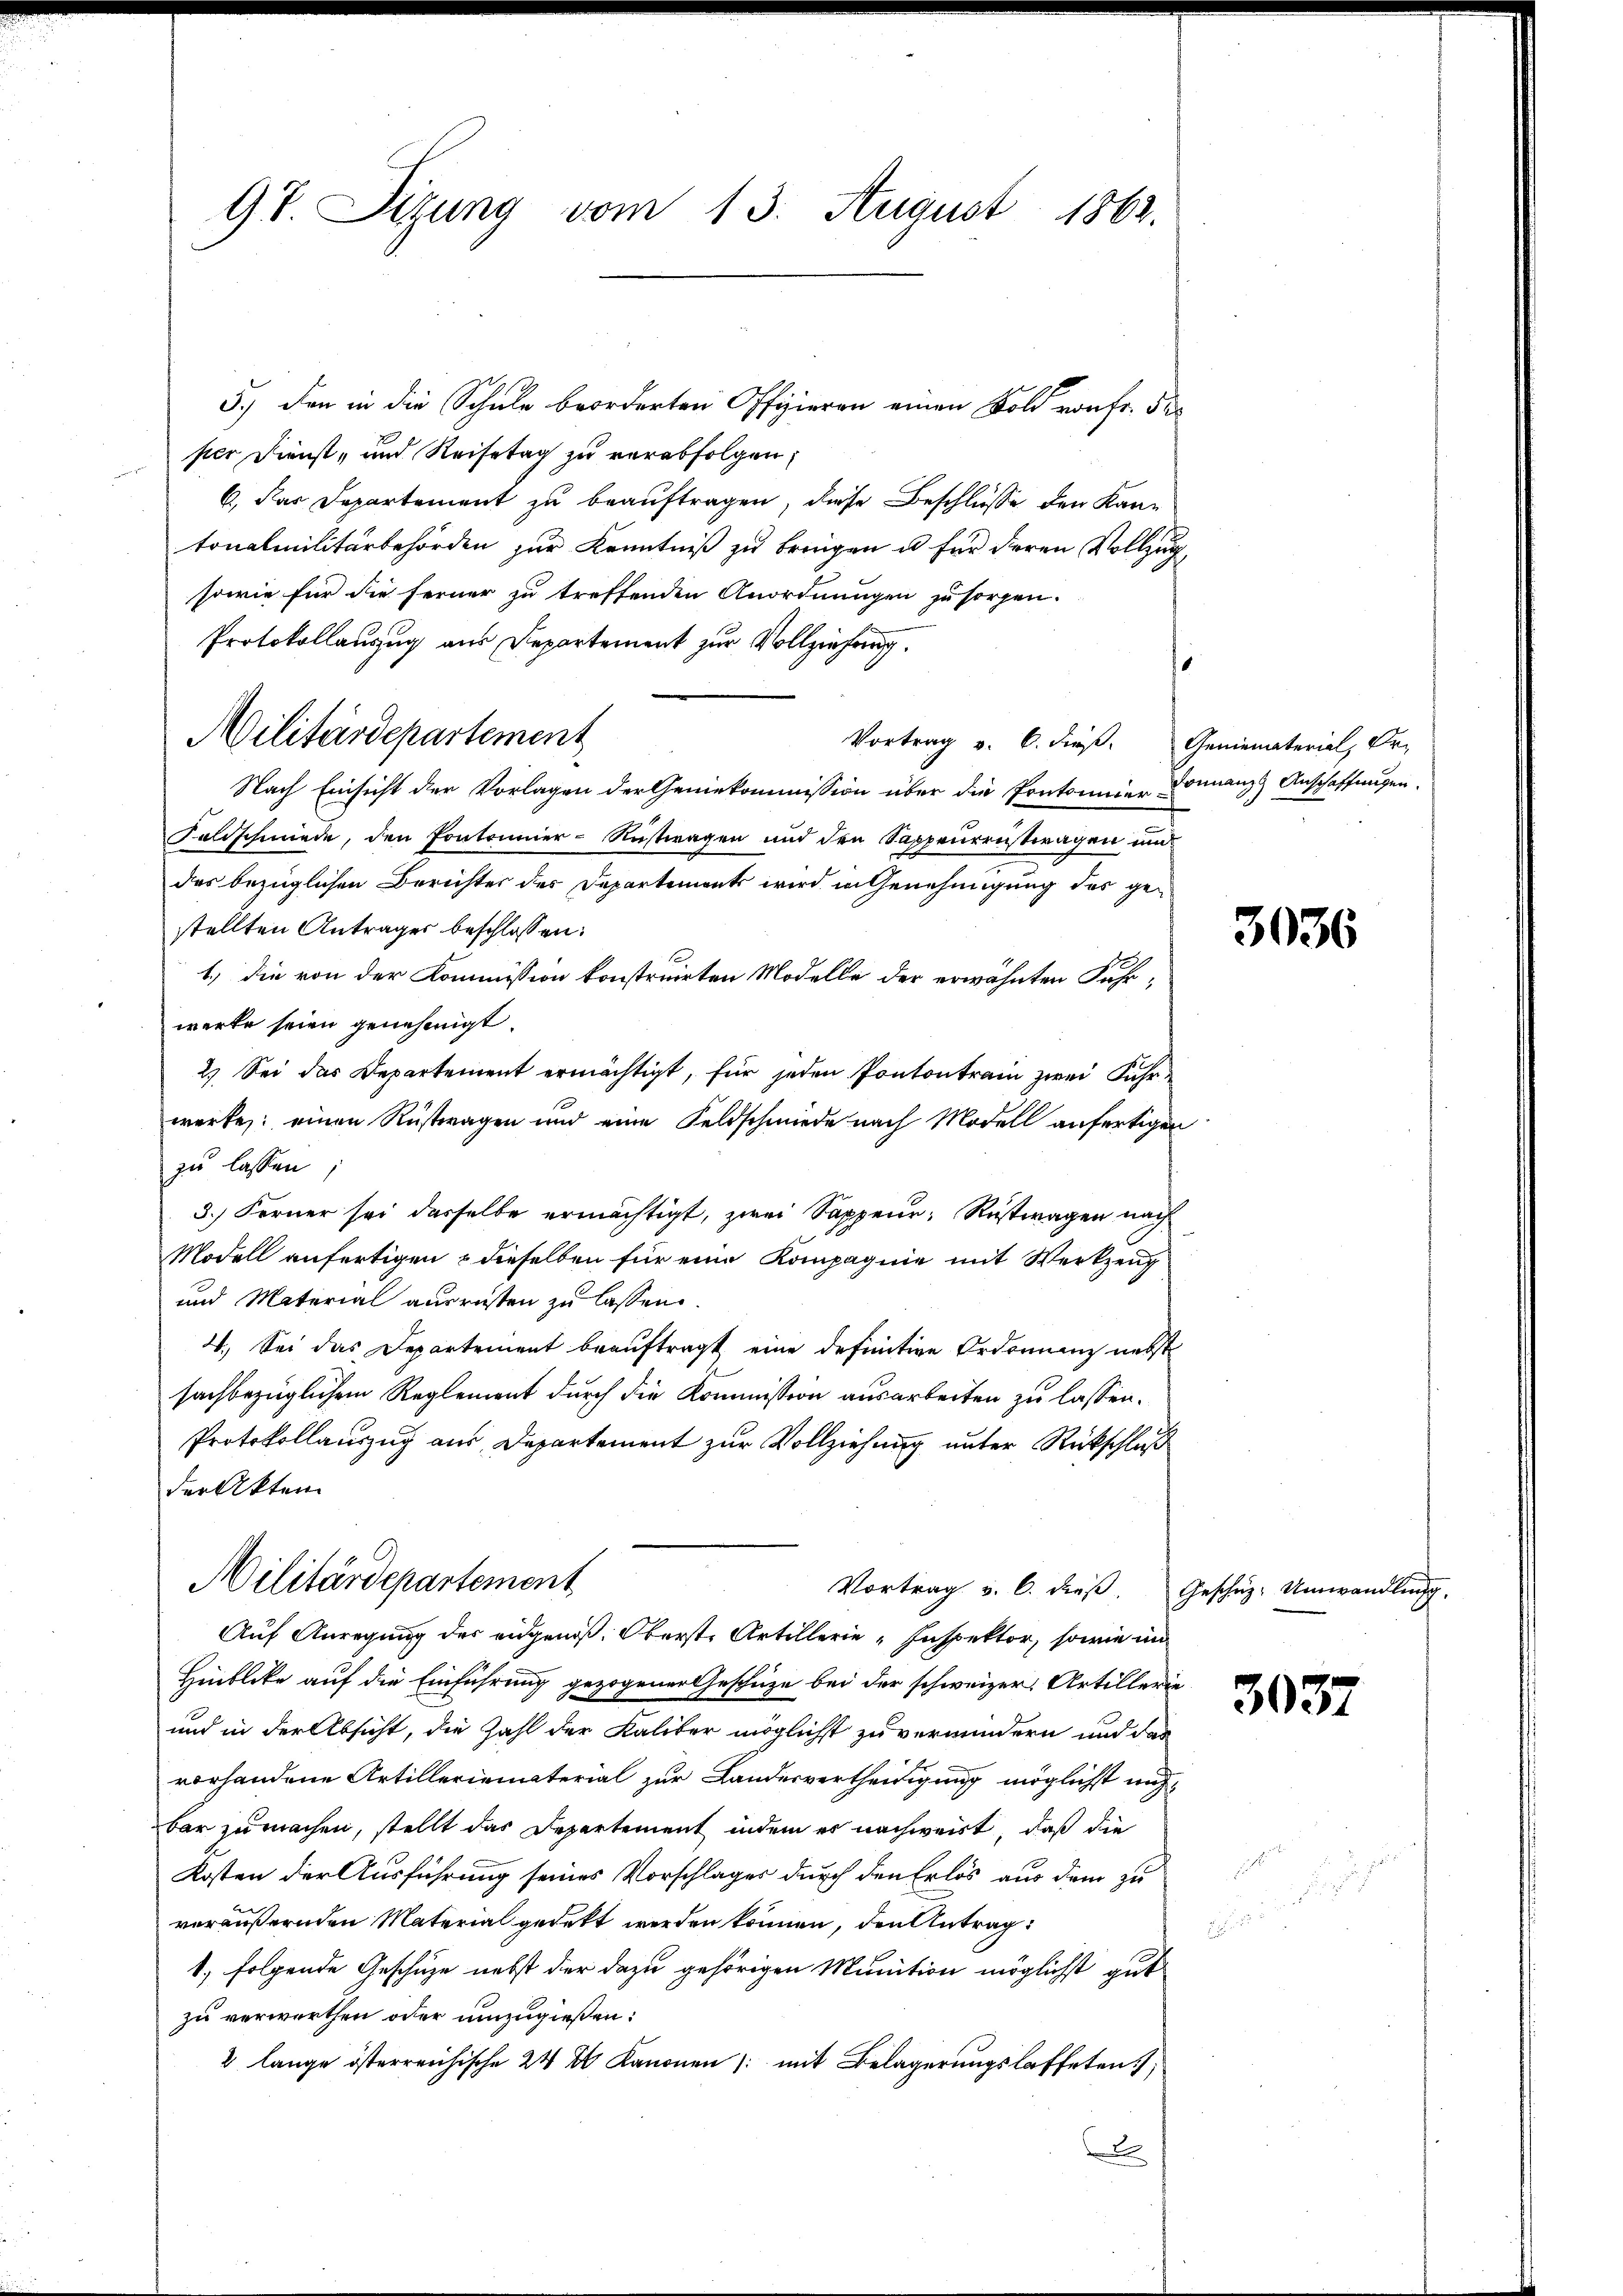
9t. Sizung vom 13. August 1862.

5.) Den in die Schule beorderten Offizieren einen Foll von fr. der
per Dienst- und Reisetag zu verabfolgen;
6. Das Departement zu beauftragen, diese Beschlüsse den Kantonalmilitärbehörden zur Kenntniß zu bringen u für deren Vollzug
sowie für die Ferner zu treffenden Anordnungen zu sorgen.
Protokollauszug aus Departement zur Vollziehung.
Vortrag v. 6. dieß. Geniematerial, Or-
Nach Einsicht der Vorlagen der Geniekommission über die Pontonier Donnanz Anschaffungen.
Faldschmiede, den Pontonnier-Rustwagen und den Sappeurentragen und
des bezüglichen Berichter des Departements wird in Genehmigung des gestellten Antrages beschlossen:
1.) Die von der Kommission konstruirten Modelle der erwähnten Fuhrwerte seien genehmigt.
2.) Sei das Departement ermächtigt, für jeden Pontontrain zwei Fuhrwerke: einen Rüstwagen und eine Feldschmiede nach Modell anfertigen
zu lassen;
3.) Ferner sei dasselbe ermächtigt, zwei Sappeur, Rustwagen nach
Modell anfertigen & dieselben für eine Kompagnie mit Werkzeug
und Material ausrüsten zu lassen.
4. Sei das Departement beauftragt eine definitive Ordnung nebst
sachbezüglichen Reglement durch die Kommission ausarbeiten zu lassen.
Protokollauszug aus Departement zur Vollziehung unter Rückschluß
der Akten
Militärdepartement
Vortrag v. 6. dieβ. Geschüz- Umwandlung
Auf Anregung des eidgenoß. Oberste Artillerie-Inspektor, sowie in
Hinblicke auf die Einführung gezogener Geschüze bei der schweizer. Artillerie
und in der Absicht, die Zahl der Kaliter möglichst zu vermindern und das
vorhandene Artillerienterial zur Landesvertheiligung möglichst nich
bar zu machen, stellt das Departement indem es nachweist, daß die
Kosten der Ausführung seines Vorschlages durch den Erlös aus dem zu
veräußernden Material gedekt werden können, den Antrag:
1, folgende Geschüze nebst der dazu gehörigen Munition möglichst gut
zu verwerthen oder umzugießen:
2 lange österreichische 24 2 Kanonen /: mit Belagerungslasteten
d

Militärdepartement

3036

3037